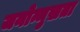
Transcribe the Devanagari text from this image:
जनोन्मुख़ता